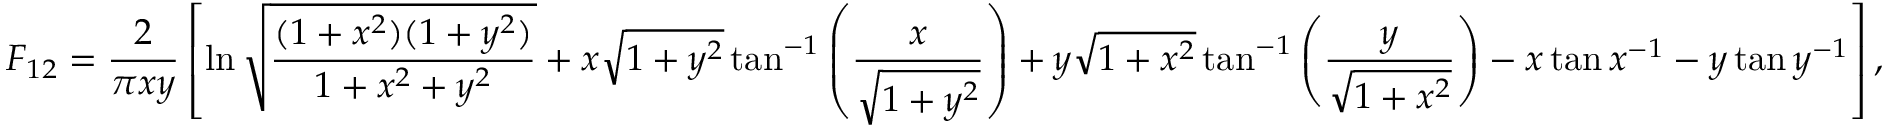
F _ { 1 2 } = \frac { 2 } { \pi x y } \left[ \ln { \sqrt { \frac { ( 1 + x ^ { 2 } ) ( 1 + y ^ { 2 } ) } { 1 + x ^ { 2 } + y ^ { 2 } } } } + x \sqrt { 1 + y ^ { 2 } } \tan ^ { - 1 } \left( \frac { x } { \sqrt { 1 + y ^ { 2 } } } \right) + y \sqrt { 1 + x ^ { 2 } } \tan ^ { - 1 } \left( \frac { y } { \sqrt { 1 + x ^ { 2 } } } \right) - x \tan { x } ^ { - 1 } - y \tan { y } ^ { - 1 } \right] { , }